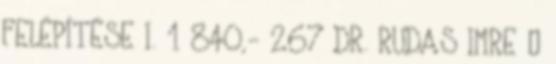
FELÉPÍTÉSE I. 1 840,- 267 DR. RUDAS IMRE –